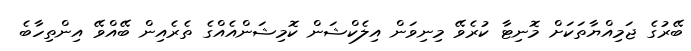
ބޭރުގެ ޖަމިއްޔާތަކަށް މޮނިޓާ ކުރެވޭ މިނިވަން އިލެކްޝަން ކޮމިޝަންއެއްގެ ތެރެއިން ބޭއްވޭ އިންތިހާބެ